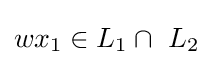
wx_{1}\in L_{1}\cap \ L_{2}